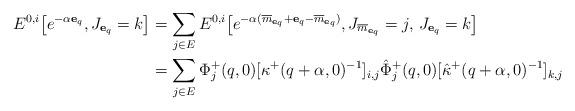
LaTeX: \begin{align*}{E}^{0,i}\big[e^{-\alpha\mathbf{e}_q}, J_{\mathbf{e}_q}=k\big] &=\sum_{j\in E}{E}^{0,i}\big[e^{-\alpha (\overline{m}_{\mathbf{e}_q} + \mathbf{e}_q -{\overline{m}}_{\mathbf{e}_q} )}, J_{\overline{m}_{\mathbf{e}_q}}=j,\, J_{\mathbf{e}_q}=k\big]\\&=\sum_{j\in E}\Phi^+_j(q,0)[\kappa^+(q+\alpha,0)^{-1}]_{i,j}\hat\Phi^+_j(q,0)[\hat\kappa^+(q+\alpha,0)^{-1}]_{k,j} \end{align*}